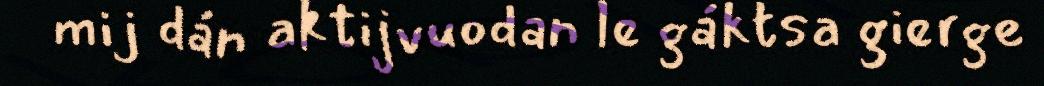
mij dán aktijvuodan le gáktsa gierge